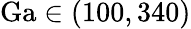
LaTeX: \mathrm{Ga}\in(100,340)